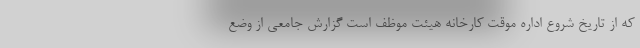
که از تاریخ شروع اداره موقت کارخانه هیئت موظف است گزارش جامعی از وضع